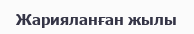
Жарияланған жылы